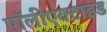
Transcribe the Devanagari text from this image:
पॉलीएक्टाइड